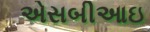
એસબીઆઇ